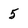
Character: 5